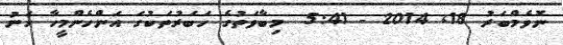
ނޮވެމްބަރު 18